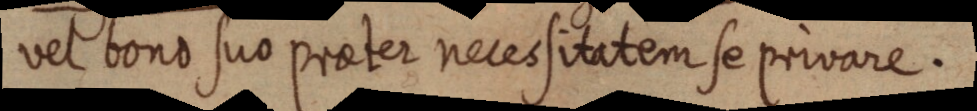
vel bono suo praeter necessitatem se privare.